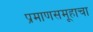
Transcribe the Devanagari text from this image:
प्रमाणसमूहाचा